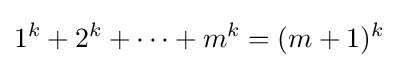
1^{k}+2^{k}+\cdots +m^{k}=(m+1)^{k}